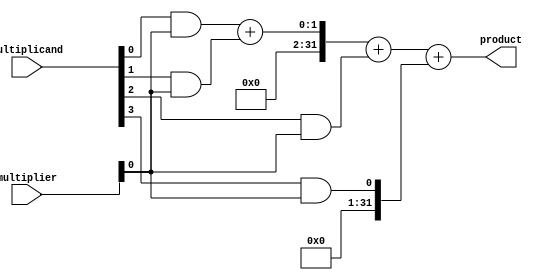
module wallace_tree_multiplier(
    input [15:0] multiplicand,
    input [15:0] multiplier,
    output [31:0] product
);

wire [31:0] partial_products [3:0][15:0];
wire [63:0] sum;

// Generate partial products
genvar i, j;
generate
    for (i = 0; i < 4; i=i+1) begin
        if (i == 0) begin
            for (j = 0; j < 16; j=j+1) begin
                assign partial_products[i][j] = multiplicand[j] & multiplier[i];
            end
        end else begin
            assign partial_products[i][15:i] = 0;
            for (j = 0; j < 16-i; j=j+1) begin
                assign partial_products[i][j+i] = multiplicand[j] & multiplier[i];
            end
        end
    end    
endgenerate

// Generate sum of partial products
assign sum = partial_products[0] + partial_products[1] + partial_products[2] + partial_products[3];

// Output product
assign product = sum;

endmodule